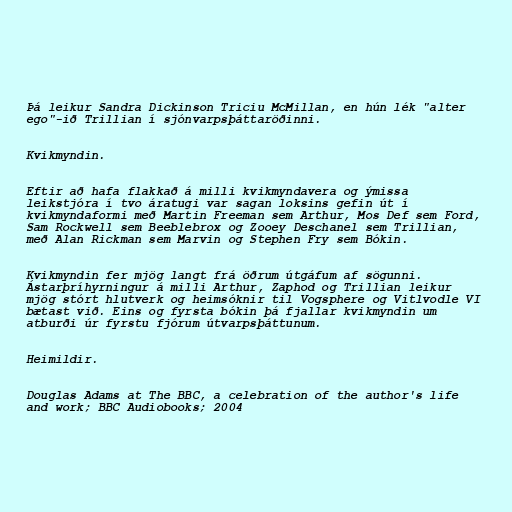
Þá leikur Sandra Dickinson Triciu McMillan, en hún lék "alter
ego"-ið Trillian í sjónvarpsþáttaröðinni.

Kvikmyndin.

Eftir að hafa flakkað á milli kvikmyndavera og ýmissa
leikstjóra í tvo áratugi var sagan loksins gefin út í
kvikmyndaformi með Martin Freeman sem Arthur, Mos Def sem Ford,
Sam Rockwell sem Beeblebrox og Zooey Deschanel sem Trillian,
með Alan Rickman sem Marvin og Stephen Fry sem Bókin.

Kvikmyndin fer mjög langt frá öðrum útgáfum af sögunni.
Ástarþríhyrningur á milli Arthur, Zaphod og Trillian leikur
mjög stórt hlutverk og heimsóknir til Vogsphere og Vitlvodle VI
bætast við. Eins og fyrsta bókin þá fjallar kvikmyndin um
atburði úr fyrstu fjórum útvarpsþáttunum.

Heimildir.

Douglas Adams at The BBC, a celebration of the author's life
and work; BBC Audiobooks; 2004